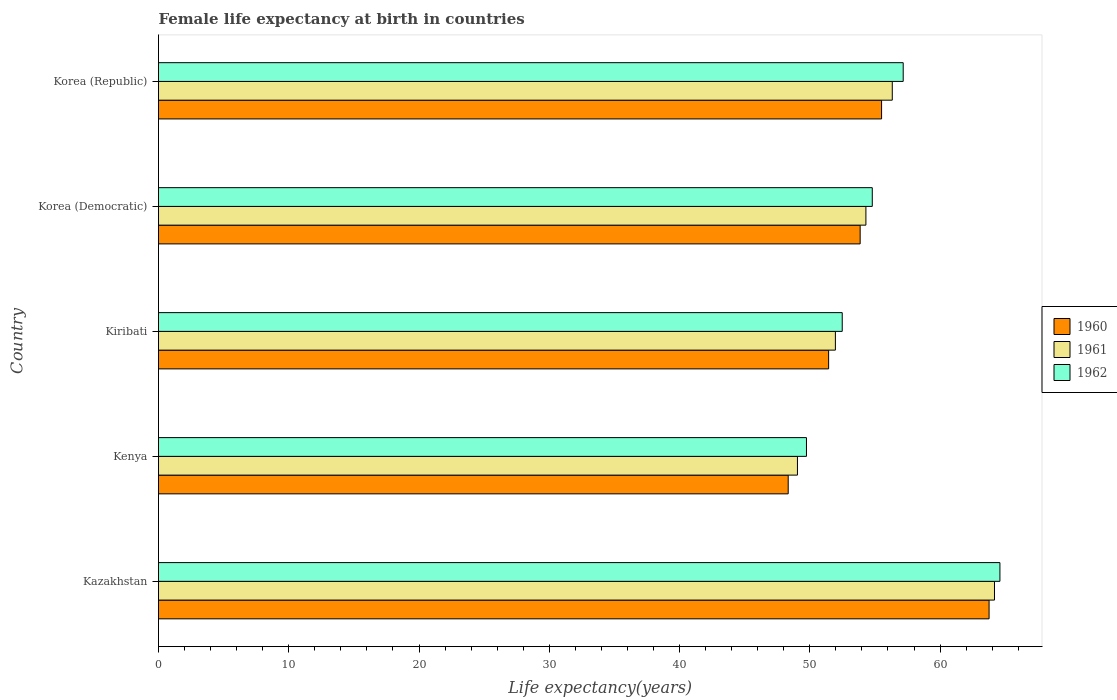
| Country | 1960 | 1961 | 1962 |
 | --- | --- | --- | --- |
 | Kazakhstan | 63.8 | 64.2 | 64.6 |
 | Kenya | 48.3 | 49 | 49.7 |
 | Kiribati | 51.4 | 52 | 52.5 |
 | Korea (Democratic) | 53.9 | 54.3 | 54.8 |
 | Korea (Republic) | 55.5 | 56.3 | 57.2 |